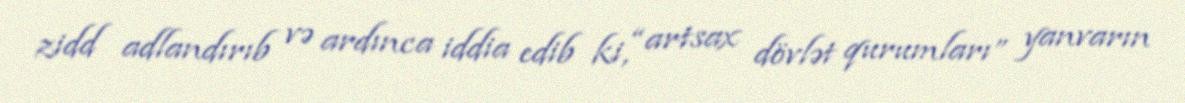
zidd adlandırıb və ardınca iddia edib ki, “artsax dövlət qurumları” yanvarın